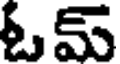
ఓమ్